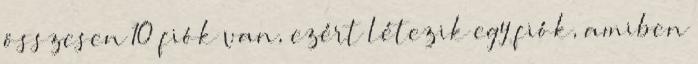
összesen 10 fiók van, ezért létezik egy fiók, amiben